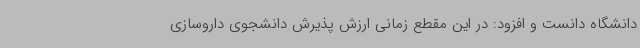
دانشگاه دانست و افزود: در این مقطع زمانی ارزش پذیرش دانشجوی داروسازی